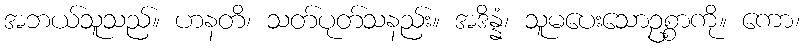
အဘယ်သူသည်။ ဟနတိ၊ သတ်ပုတ်သနည်း။ အဒိန္နံ၊ သူမပေးသောဥစ္စာကို။ ကော၊